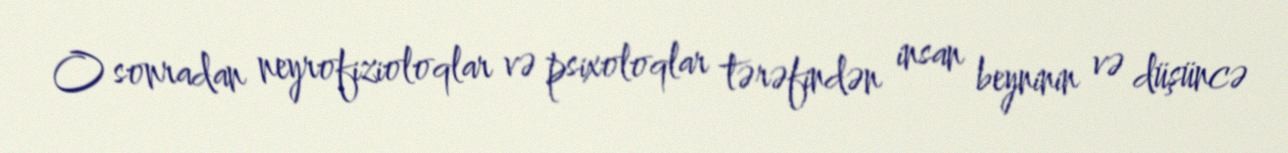
O sonradan neyrofizioloqlar və psixoloqlar tərəfindən insan beyninin və düşüncə